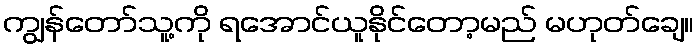
ကျွန်တော်သူ့ကို ရအောင်ယူနိုင်တော့မည် မဟုတ်ချေ။